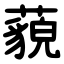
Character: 藐